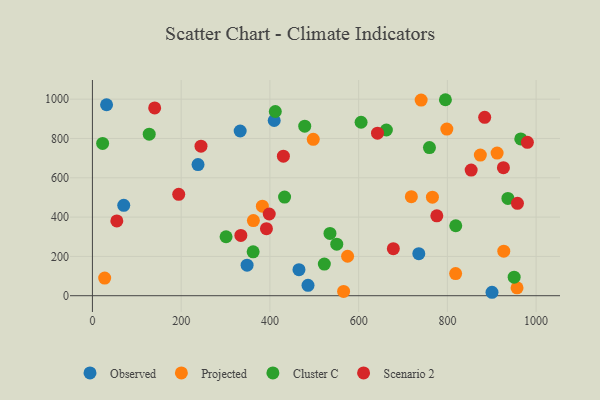
{"axis": {"x": "Study Hours", "y": "Exam Score"}, "legend": ["Cluster C", "Observed", "Projected", "Scenario 2"], "data": [{"x": "735.6", "y": 213.9, "type": "Observed"}, {"x": "409.7", "y": 891.6, "type": "Observed"}, {"x": "485.9", "y": 52.7, "type": "Observed"}, {"x": "465.5", "y": 132.3, "type": "Observed"}, {"x": "348.6", "y": 155.5, "type": "Observed"}, {"x": "900.6", "y": 17.5, "type": "Observed"}, {"x": "70.6", "y": 459.8, "type": "Observed"}, {"x": "238.0", "y": 667.1, "type": "Observed"}, {"x": "31.9", "y": 971.6, "type": "Observed"}, {"x": "333.0", "y": 838.0, "type": "Observed"}, {"x": "798.8", "y": 848.1, "type": "Projected"}, {"x": "957.0", "y": 39.9, "type": "Projected"}, {"x": "818.6", "y": 112.5, "type": "Projected"}, {"x": "718.8", "y": 504.0, "type": "Projected"}, {"x": "27.6", "y": 89.8, "type": "Projected"}, {"x": "740.9", "y": 995.5, "type": "Projected"}, {"x": "912.1", "y": 725.9, "type": "Projected"}, {"x": "927.1", "y": 226.5, "type": "Projected"}, {"x": "497.7", "y": 795.9, "type": "Projected"}, {"x": "766.3", "y": 501.2, "type": "Projected"}, {"x": "874.3", "y": 715.6, "type": "Projected"}, {"x": "566.1", "y": 21.7, "type": "Projected"}, {"x": "383.0", "y": 455.5, "type": "Projected"}, {"x": "575.1", "y": 200.9, "type": "Projected"}, {"x": "362.8", "y": 382.3, "type": "Projected"}, {"x": "965.4", "y": 797.5, "type": "Cluster C"}, {"x": "301.2", "y": 299.9, "type": "Cluster C"}, {"x": "23.0", "y": 775.1, "type": "Cluster C"}, {"x": "412.2", "y": 937.3, "type": "Cluster C"}, {"x": "759.6", "y": 753.6, "type": "Cluster C"}, {"x": "362.2", "y": 223.1, "type": "Cluster C"}, {"x": "433.1", "y": 501.9, "type": "Cluster C"}, {"x": "478.5", "y": 862.7, "type": "Cluster C"}, {"x": "662.5", "y": 843.1, "type": "Cluster C"}, {"x": "950.5", "y": 94.4, "type": "Cluster C"}, {"x": "550.7", "y": 262.3, "type": "Cluster C"}, {"x": "936.4", "y": 495.2, "type": "Cluster C"}, {"x": "605.5", "y": 882.6, "type": "Cluster C"}, {"x": "818.9", "y": 355.9, "type": "Cluster C"}, {"x": "535.4", "y": 317.1, "type": "Cluster C"}, {"x": "795.6", "y": 997.2, "type": "Cluster C"}, {"x": "522.7", "y": 160.8, "type": "Cluster C"}, {"x": "128.0", "y": 822.0, "type": "Cluster C"}, {"x": "392.2", "y": 341.2, "type": "Scenario 2"}, {"x": "853.6", "y": 639.1, "type": "Scenario 2"}, {"x": "140.3", "y": 955.5, "type": "Scenario 2"}, {"x": "194.5", "y": 516.0, "type": "Scenario 2"}, {"x": "957.9", "y": 470.3, "type": "Scenario 2"}, {"x": "55.0", "y": 380.5, "type": "Scenario 2"}, {"x": "430.4", "y": 710.1, "type": "Scenario 2"}, {"x": "884.1", "y": 907.6, "type": "Scenario 2"}, {"x": "980.3", "y": 780.6, "type": "Scenario 2"}, {"x": "642.5", "y": 826.9, "type": "Scenario 2"}, {"x": "776.2", "y": 406.5, "type": "Scenario 2"}, {"x": "926.3", "y": 651.4, "type": "Scenario 2"}, {"x": "678.2", "y": 239.5, "type": "Scenario 2"}, {"x": "244.7", "y": 761.1, "type": "Scenario 2"}, {"x": "398.5", "y": 415.8, "type": "Scenario 2"}, {"x": "334.5", "y": 306.7, "type": "Scenario 2"}]}